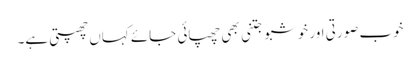
خوب صورتی اور خوشبو جتنی بھی چھپائی جائے کہاں چھپتی ہے۔